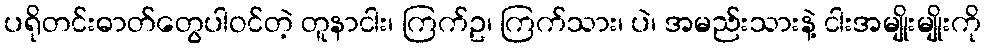
ပရိုတင်းဓာတ်တွေပါဝင်တဲ့ တူနာငါး၊ ကြက်ဥ၊ ကြက်သား၊ ပဲ၊ အမည်းသားနဲ့ ငါးအမျိုးမျိုးကို